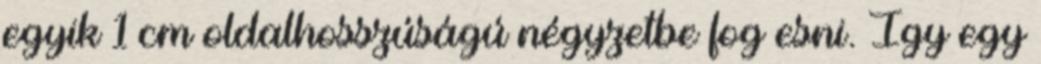
egyik 1 cm oldalhosszúságú négyzetbe fog esni. Így egy